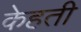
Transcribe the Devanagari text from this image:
केहती